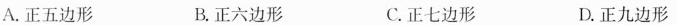
A.正五边形 B.正六边形 C.正七边形 D.正九边形